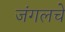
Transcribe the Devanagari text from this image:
जंगलचे